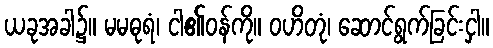
ယခုအခါ၌။ မမဓုရံ၊ ငါ၏ဝန်ကို။ ဝဟိတုံ၊ ဆောင်ရွက်ခြင်းငှါ။